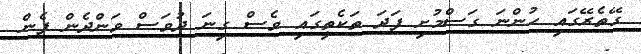
ގޭތެރޭގައި ހުންނަ ގަސްމުށި ފަދަ ތަކެތީގައި ވެސް ގިނަ ދުވަސް ވަންދެން ފެން